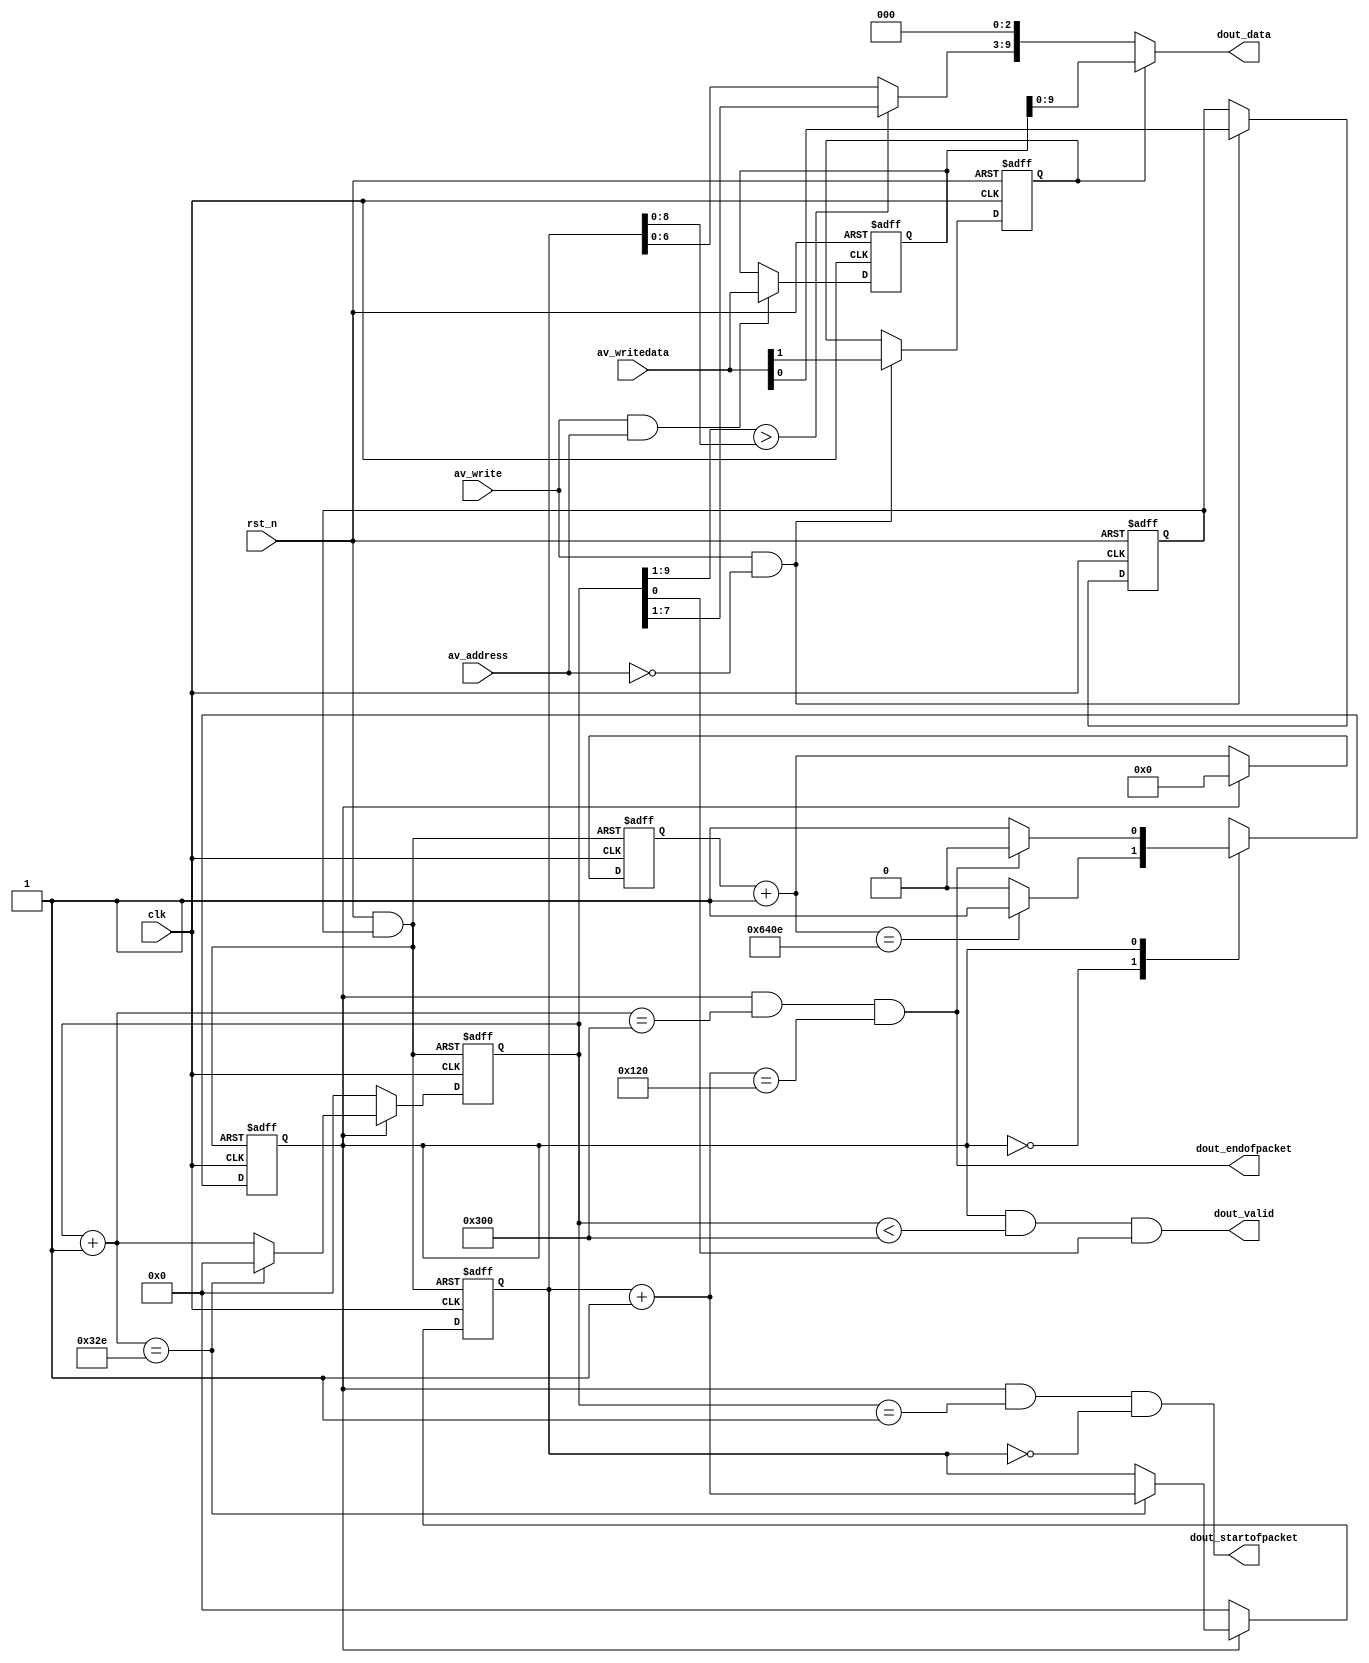
module detector_driver (
	clk, rst_n,
	
	av_address, av_write, av_writedata,
	
	dout_data, dout_valid,
	dout_startofpacket, dout_endofpacket
);

/* 
 * register[0][0]	go
 * register[0][1]	mode		0-image		1-background
 * register[1]		background pixel
 */

parameter DATA_WIDTH = 10;
parameter FRAME_CNT = 16'd25614;

input clk, rst_n;

input av_address;
input av_write;
input [31:0] av_writedata;

output [DATA_WIDTH-1:0]	dout_data;
output dout_valid;
output dout_startofpacket;
output dout_endofpacket;

reg 			state, n_state;

reg 			go, mode;
reg [31:0]	background;
reg [15:0]	cnt_frame;
reg [9:0]	dis_x, dis_y;
wire 			global_rst_n;
wire [15:0]	cnt_frame_add;
wire [9:0]	dis_x_add, dis_y_add;
wire [8:0]	dis_max;

localparam	IDLE = 1'b0;
localparam	DATA = 1'b1;

assign dis_max = (dis_x[9:1] > dis_y[8:0]) ? dis_x[9:1] : dis_y[8:0];
assign dout_data = mode ? background[DATA_WIDTH-1:0] : (dis_max[6:0] << (DATA_WIDTH-7));

assign global_rst_n = rst_n & go;
assign cnt_frame_add = cnt_frame + 16'd1;
assign dis_x_add = dis_x + 10'd1;
assign dis_y_add = dis_y + 10'd1;

assign dout_valid = state == DATA && dis_x < 10'd768 && dis_x[0];
assign dout_startofpacket = state == DATA && dis_x == 10'd1 && dis_y == 10'd0;
assign dout_endofpacket = state == DATA && dis_x_add == 10'd768 && dis_y_add == 10'd288;

always @(posedge clk or negedge rst_n)
begin
	if (!rst_n)
		{mode, go} <= 2'b00;
	else if (av_write && av_address==1'b0)
		{mode, go} <= av_writedata[1:0];
end

always @(posedge clk or negedge rst_n)
begin
	if (!rst_n)
		background <= 32'd0;
	else if (av_write && av_address==1'b1)
		background <= av_writedata;
end

always @(posedge clk or negedge global_rst_n)
begin
	if (!global_rst_n)
		state <= IDLE;
	else
		state <= n_state;
end

always @(state or cnt_frame_add or dout_endofpacket)
begin
	case (state)
	IDLE: n_state = cnt_frame_add == FRAME_CNT[15:0] ? DATA : IDLE;
	DATA: n_state = dout_endofpacket ? IDLE : DATA;
	default: n_state = IDLE;
	endcase
end

always @(posedge clk or negedge global_rst_n)
begin
	if (!global_rst_n) begin
		dis_x <= 10'd0;
		dis_y <= 10'd0;
	end
	else if (state == DATA) begin
		if (dis_x_add == 10'd814) begin
			dis_x <= 10'd0;
			dis_y <= dis_y_add;
		end
		else begin
			dis_x <= dis_x_add;
			dis_y <= dis_y;
		end
	end
	else begin
		dis_x <= 10'd0;
		dis_y <= 10'd0;		
	end
end

always @(posedge clk or negedge global_rst_n)
begin
	if (!global_rst_n)
		cnt_frame <= 16'd0;
	else if (state == IDLE)
		cnt_frame <= cnt_frame_add;
	else
		cnt_frame <= 16'd0;
end

endmodule